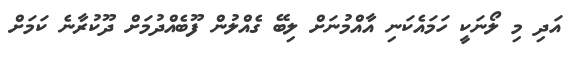
އަދި މި ލޯނަކީ ހަމައެކަނި އާއްމުނަށް ލިބޭ ގެއްލުން ފޫބެއްދުމަށް ދޫކުރާނެ ކަމަށް